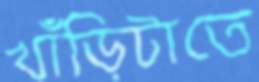
খাঁড়িটাতে